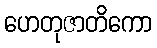
ဟေတုဇာတိကော